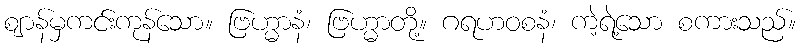
ဈာန်မှကင်းကုန်သော။ ဗြဟ္မာနံ၊ ဗြဟ္မာတို့။ ဂရဟဝစနံ၊ ကဲ့ရဲ့သော စကားသည်။